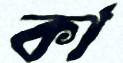
কা